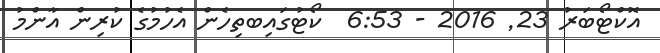
އޮކްޓޯބަރު 23